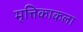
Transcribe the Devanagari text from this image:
मृत्तिकाकला